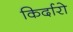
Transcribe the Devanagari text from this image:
किर्दारो